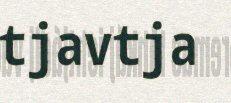
tjavtja